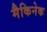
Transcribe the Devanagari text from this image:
मैकिनेक